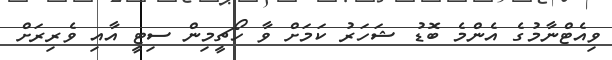
ވިއެޓްނާމުގެ އެންމެ ބޮޑު ޝަހަރު ކަމަށް ވާ ހޯޗީމިން ސިޓީ އާއި ވެރިރަށް